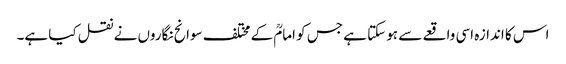
اس کا اندازہ اسی واقعے سے ہو سکتا ہے جس کو امامؒ کے مختلف سوانح نگاروں نے نقل کیا ہے۔